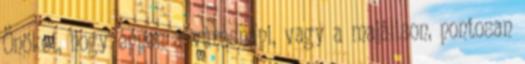
Önöket, hogy éppen a városnapi, vagy a majálison, pontosan